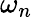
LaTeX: \omega_{n}